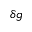
\delta g